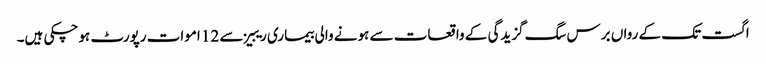
اگست تک کے رواں برس سگ گزیدگی کے واقعات سے ہونے والی بیماری ریبیز سے 12 اموات رپورٹ ہوچکی ہیں۔